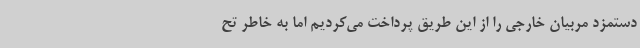
دستمزد مربیان خارجی را از این طریق پرداخت می‌کردیم اما به خاطر تح